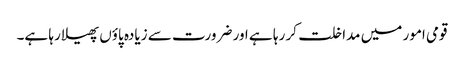
قومی امور میں مداخلت کر رہا ہے اور ضرورت سے زیادہ پاؤں پھیلا رہا ہے۔